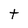
Character: t